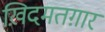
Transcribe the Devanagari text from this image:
ख़िदमतग़ार